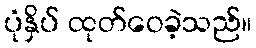
ပုံနှိပ် ထုတ်ဝေခဲ့သည်။